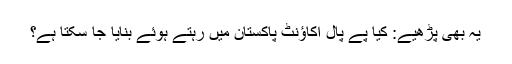
یہ بھی پڑھیے: کیا پے پال اکاؤنٹ پاکستان میں رہتے ہوئے بنایا جا سکتا ہے؟